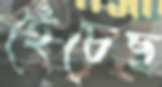
হেঁচেছ